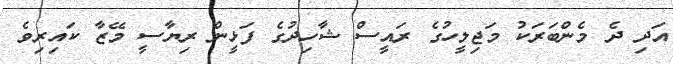
އަދި ދެ މެންބަރަކު މަޖިލީހުގެ ރައީސް ޝާހިދުގެ ފަޅީން ރިޔާސީ މޭޒާ ކައިރިވެ